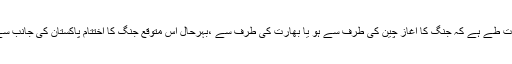
لہٰذا ایک بات طے ہے کہ جنگ کا آغاز چین کی طرف سے ہو یا بھارت کی طرف سے ،بہرحال اِس متوقع جنگ کا اختتام پاکستان کی جانب سے ہی ہوگا۔